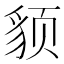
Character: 𬥈